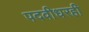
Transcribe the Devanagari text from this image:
पदवीधरही